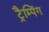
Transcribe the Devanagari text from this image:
ट्रैम्पिंग